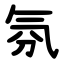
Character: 氛